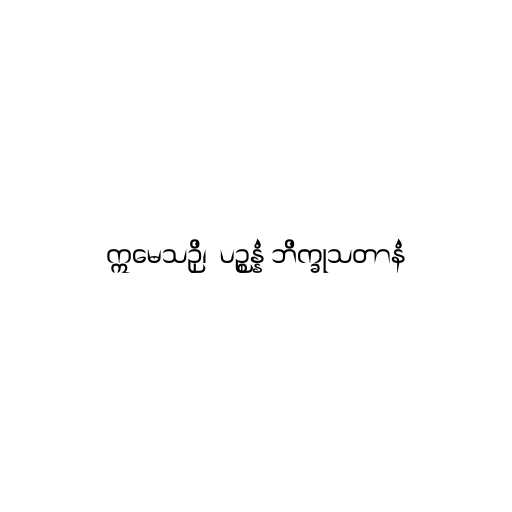
ဣမေသဉှိ၊  ပဉ္စန္နံ ဘိက္ခုသတာနံ